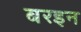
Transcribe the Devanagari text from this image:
बरइन